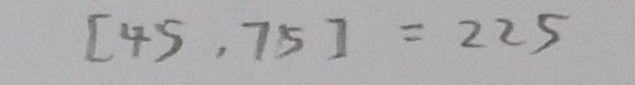
[ 4 5 , 7 5 ] = 2 2 5